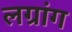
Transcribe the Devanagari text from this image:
लग्रांग